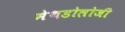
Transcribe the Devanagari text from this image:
मेथडोलोजी